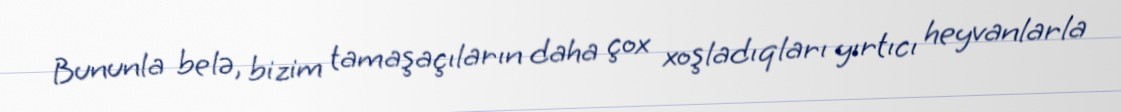
Bununla belə, bizim tamaşaçıların daha çox xoşladıqları yırtıcı heyvanlarla